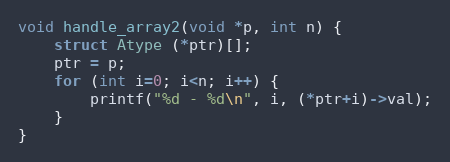
Language: C
void handle_array2(void *p, int n) {
	struct Atype (*ptr)[];
	ptr = p;
	for (int i=0; i<n; i++) {
		printf("%d - %d\n", i, (*ptr+i)->val);
	}
}